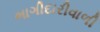
ભાગીદારીવાળી